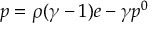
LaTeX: p = \rho ( \gamma - 1 ) e - \gamma p ^ { 0 }